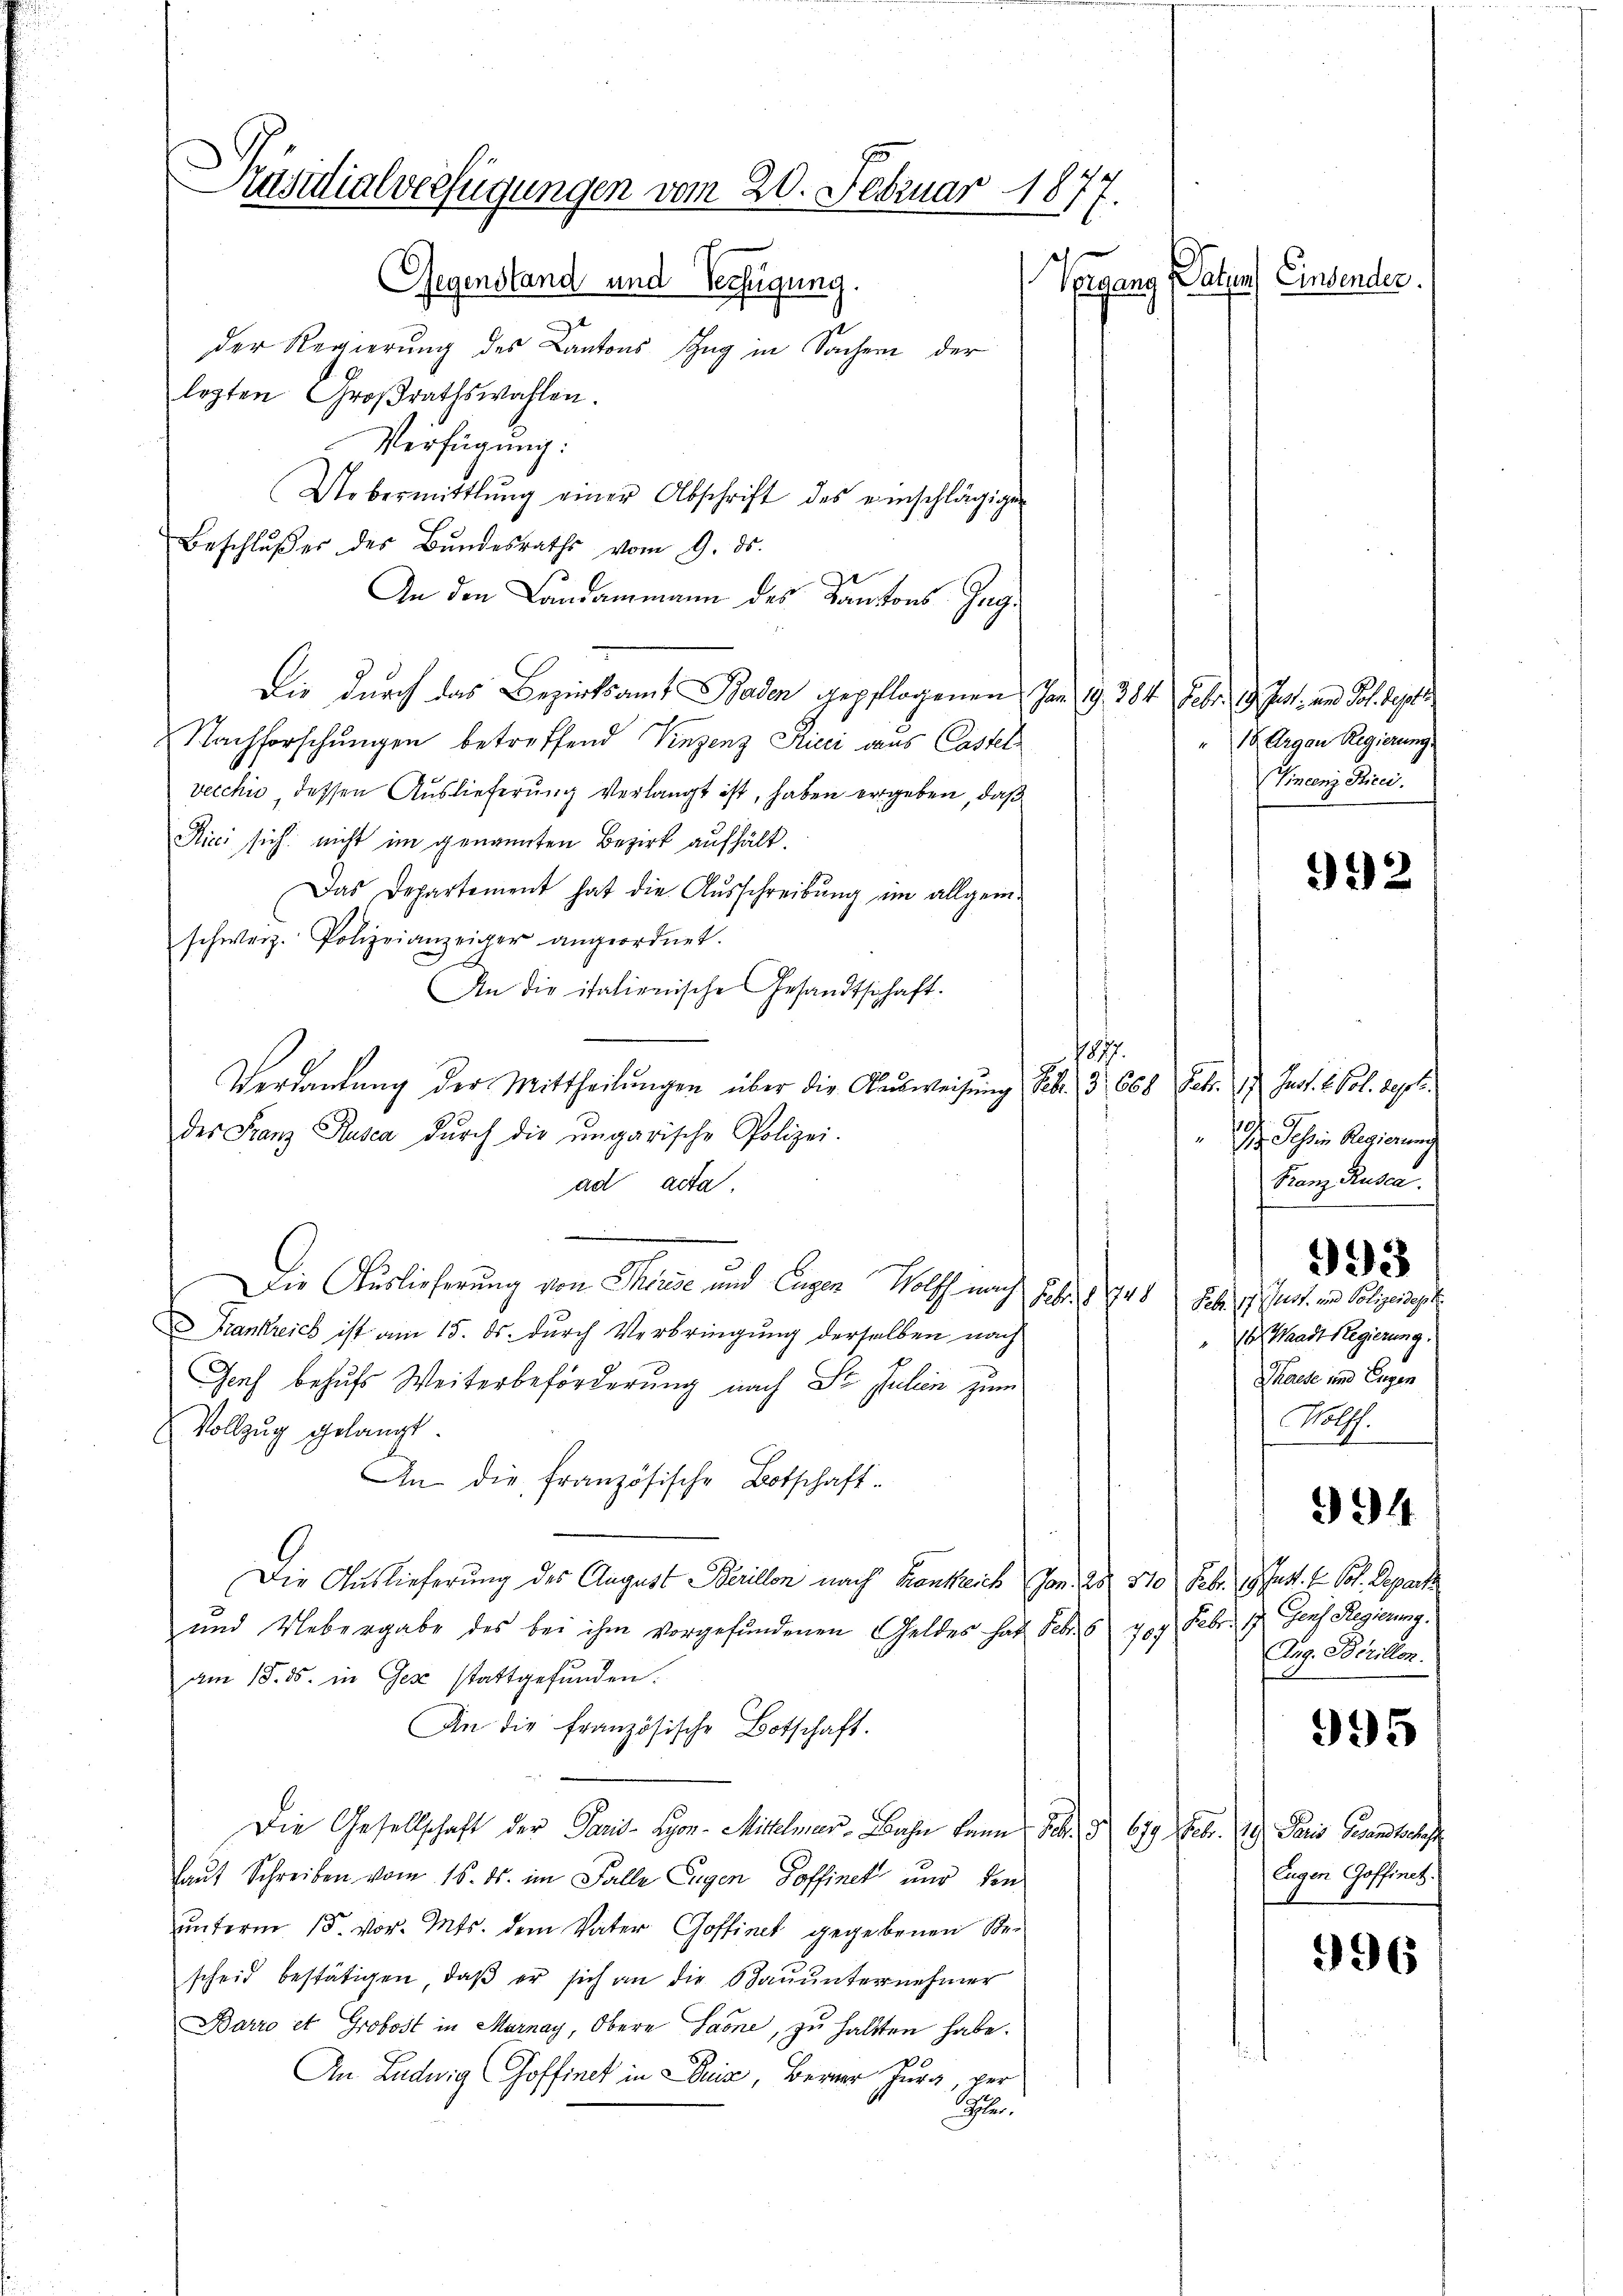
Präsidialverfügungen vom 20. Februar 1877.
Patzen) Einsender.
Gegenstand und Verfügung.
Tegang

der Regierung des Cantons Zug in Sachern der
legten Großrathswahlen.
Verfügung:
Uebermittlung einer Abschrift des einschlägigen
Beschlußes des Bundesraths vom 9. ds.
An den Landammann des Kantons Ing¬
Die durch das Bezirksamt Baden gepflogenen von 19. 384. Febr. 19. Just, und Joh. Sept
2 Nachforschungen betreffend Vinzenz Kicci aus Castel
vecchić dessen Auslieferung verlangt ist, haben ergeben, daß
Rici sich nicht im genannten Bezirk aufhält.
Das Departement hat die Ausschreibung im allgeme
schweiz. Polizeianzeiger angeordnet.
An die italienische Gesandtschaft.
1877.
Verdankung der Mittheilungen über die Ausweisung Febr. 3 668 Febr. 1. Just. L. Col. Septe
der Franz Rusca durch die ungarische Polizei.
ad acta.
Die Auslieferung von Thorise und Eugen Wolff nach Febr. 1 740 habe ich hart in Polizeidige
rankreich ist am 15. ds. durch Verbringung derselben nach
Genf behufs Weiterbeförderung nach St. Julien zum
Vollzug gelangt.
An die Französische Botschaft-
Die Auslieferung des August Berillon nach Krankreich von 28. 370 Febr. 19. Jun. 1 Pol. Depart
und Uebergabe des bei ihm vorgefundenen Geldes hat Febr. 6 40. Febr. 17. Gens Regierung
am 18. ds. in Gese stattgefunden.
An die französische Botschaft.
Die Gesellschaft der Paris-Hyon-Mittler-Bahn kann 16. d. 679. Febr. 19
laut Schreiben vom 16. ds. im Falle Eigen Toffinet nur den
ŭnterm 15. vor. Mts. dem Vater Goffinet gegebenen Ste-
scheid bestätigen, daß er sich an die Bauunternehmer
Barro et Grobost in Marnay, Obere Laone, zu haltten habe.
5
An Ludwig Goffinek in Suis, Berner Jura per
Sch

18 Argau Regierung.
(incenz Kicei.

992

I Jahren Regierung
Franz Ruser.
993
 Waadt Regierung.
Thalse und Eigen
No.

Aug. Scrillen.

994

995

Paris Gesandtschaft
Eugen offinet.

996